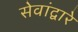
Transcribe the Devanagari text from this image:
सेवांद्वारे